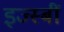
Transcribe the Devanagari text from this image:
इज्स्बीं